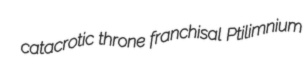
catacrotic throne franchisal Ptilimnium